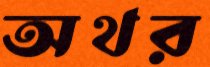
অথর